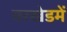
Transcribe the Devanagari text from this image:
वरखेडमें